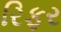
રિફર